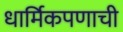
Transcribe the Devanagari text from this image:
धार्मिकपणाची